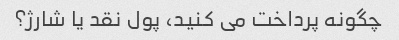
چگونه پرداخت می کنید، پول نقد یا شارژ؟